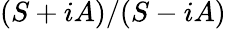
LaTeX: (S+iA)/(S-iA)